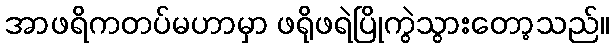
အာဖရိကတပ်မဟာမှာ ဖရိုဖရဲပြိုကွဲသွားတော့သည်။